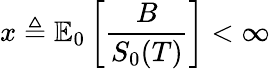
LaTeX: x\triangleq\mathbb{E}_{0}\left[{\frac{B}{S_{0}(T)}}\right]<\infty